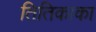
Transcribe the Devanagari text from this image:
तितिकाका